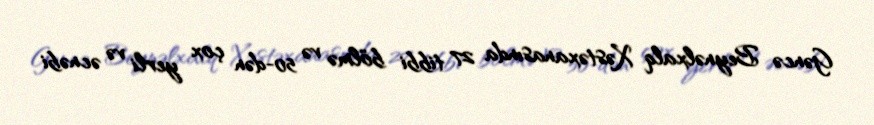
Gəncə Beynəlxalq Xəstəxanasında 27 tibbi bölmə və 50-dən çox yerli və əcnəbi